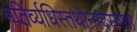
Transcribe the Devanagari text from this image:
मतिर्व्यधिस्तथोन्मदस्तथा